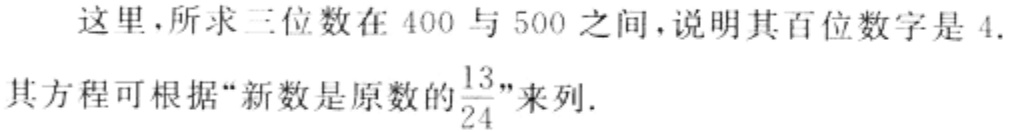
这里，所求三位数在 \(400\) 与 \(500\) 之间，说明其百位数字是 \(4\).
其方程可根据“新数是原数的\(\frac{13}{24}\)”来列.